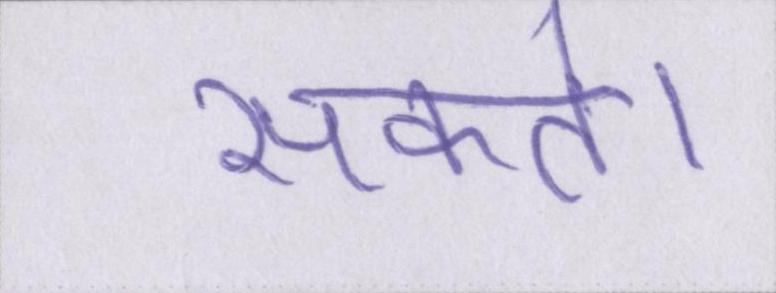
सकते।